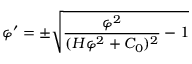
\varphi ^ { \prime } = \pm \sqrt { \frac { \varphi ^ { 2 } } { ( H \varphi ^ { 2 } + C _ { 0 } ) ^ { 2 } } - 1 }